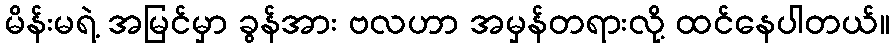
မိန်းမရဲ့ အမြင်မှာ ခွန်အား ဗလဟာ အမှန်တရားလို့ ထင်နေပါတယ်။